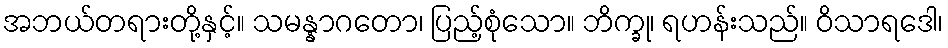
အဘယ်တရားတို့နှင့်။ သမန္နာဂတော၊ ပြည့်စုံသော။ ဘိက္ခု၊ ရဟန်းသည်။ ဝိသာရဒေါ၊